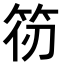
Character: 𮅄